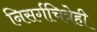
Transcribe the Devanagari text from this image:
निसर्गचित्रेही